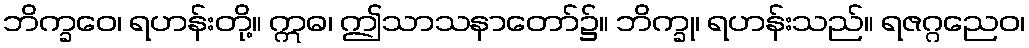
ဘိက္ခဝေ၊ ရဟန်းတို့။ ဣဓ၊ ဤသာသနာတော်၌။ ဘိက္ခု၊ ရဟန်းသည်။ ရဇဂ္ဂညေဝ၊